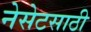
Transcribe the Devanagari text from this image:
नेसेटसाठी